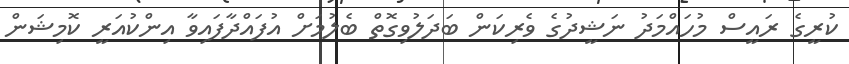
ކުރީގެ ރައީސް މުހައްމަދު ނަޝީދުގެ ވެރިކަން ބަދަލުވިގޮތް ބެލުމަށް އުފައްދާފައިވާ އިންކުއަރީ ކޮމިޝަން